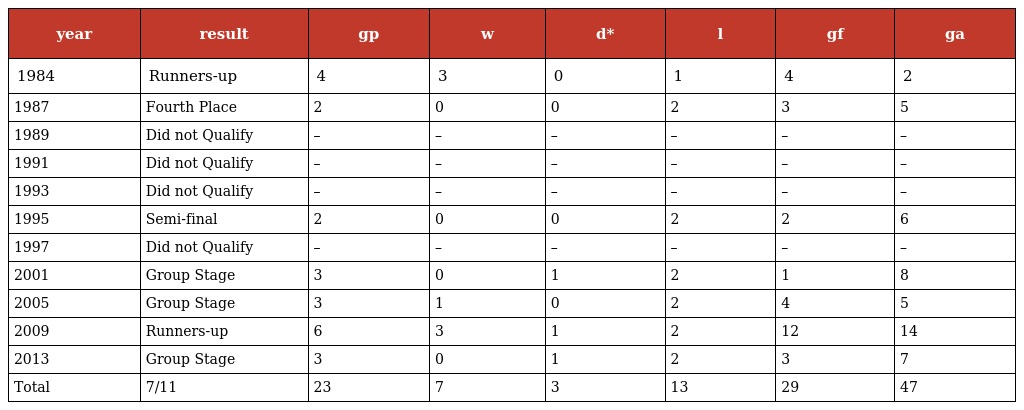
| year | result | gp | w | d* | l | gf | ga |
 | --- | --- | --- | --- | --- | --- | --- | --- |
 | 1984 | Runners-up | 4 | 3 | 0 | 1 | 4 | 2 |
 | 1987 | Fourth Place | 2 | 0 | 0 | 2 | 3 | 5 |
 | 1989 | Did not Qualify | – | – | – | – | – | – |
 | 1991 | Did not Qualify | – | – | – | – | – | – |
 | 1993 | Did not Qualify | – | – | – | – | – | – |
 | 1995 | Semi-final | 2 | 0 | 0 | 2 | 2 | 6 |
 | 1997 | Did not Qualify | – | – | – | – | – | – |
 | 2001 | Group Stage | 3 | 0 | 1 | 2 | 1 | 8 |
 | 2005 | Group Stage | 3 | 1 | 0 | 2 | 4 | 5 |
 | 2009 | Runners-up | 6 | 3 | 1 | 2 | 12 | 14 |
 | 2013 | Group Stage | 3 | 0 | 1 | 2 | 3 | 7 |
 | Total | 7/11 | 23 | 7 | 3 | 13 | 29 | 47 |